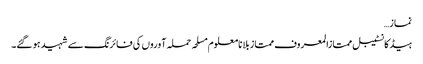
نماز…
ہیڈکانسٹیبل ممتازالمعروف ممتاز بلا نامعلوم مسلحہ حملہ آوروں کی فائرنگ سے شہید ہو گئے۔